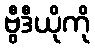
ဗွီဒီယိုကို